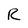
Character: R